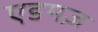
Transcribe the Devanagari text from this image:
एडमज़